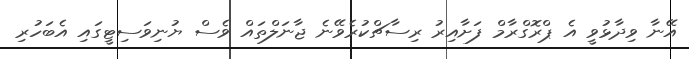
އޭނާ ވިދާޅުވީ އެ ޕްރޮގްރާމް ފަށާއިރު ރިސާޗްކުރެވޭނެ ޖާނަލްތައް ވެސް ޔުނިވަސިޓީގައި އެބަހުރި